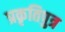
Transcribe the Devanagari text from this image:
प्रकृतिपुत्र